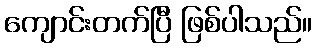
ကျောင်းတက်ပြီ ဖြစ်ပါသည်။